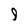
Character: 9